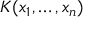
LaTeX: K ( x _ { 1 } , \ldots , x _ { n } )